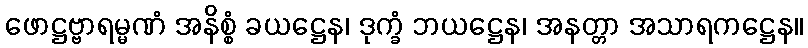
ဖောဋ္ဌဗ္ဗာရမ္မဏံ အနိစ္စံ ခယဋ္ဌေန၊ ဒုက္ခံ ဘယဋ္ဌေန၊ အနတ္တာ အသာရကဋ္ဌေန။